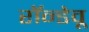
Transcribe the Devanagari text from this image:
रॉन्डेवू